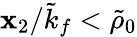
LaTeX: \mathbf{x}_{2}/\tilde{{k}}_{f}<\tilde{{\rho}}_{0}